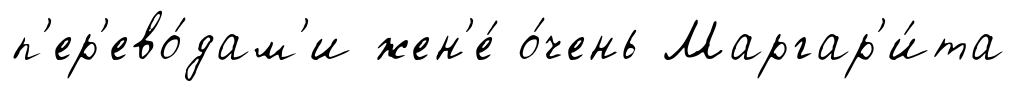
п'ер'ево́дам'и жен'е́ о́чень Маргар'и́та